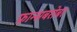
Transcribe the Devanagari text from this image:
फ्रान्सबरोबर